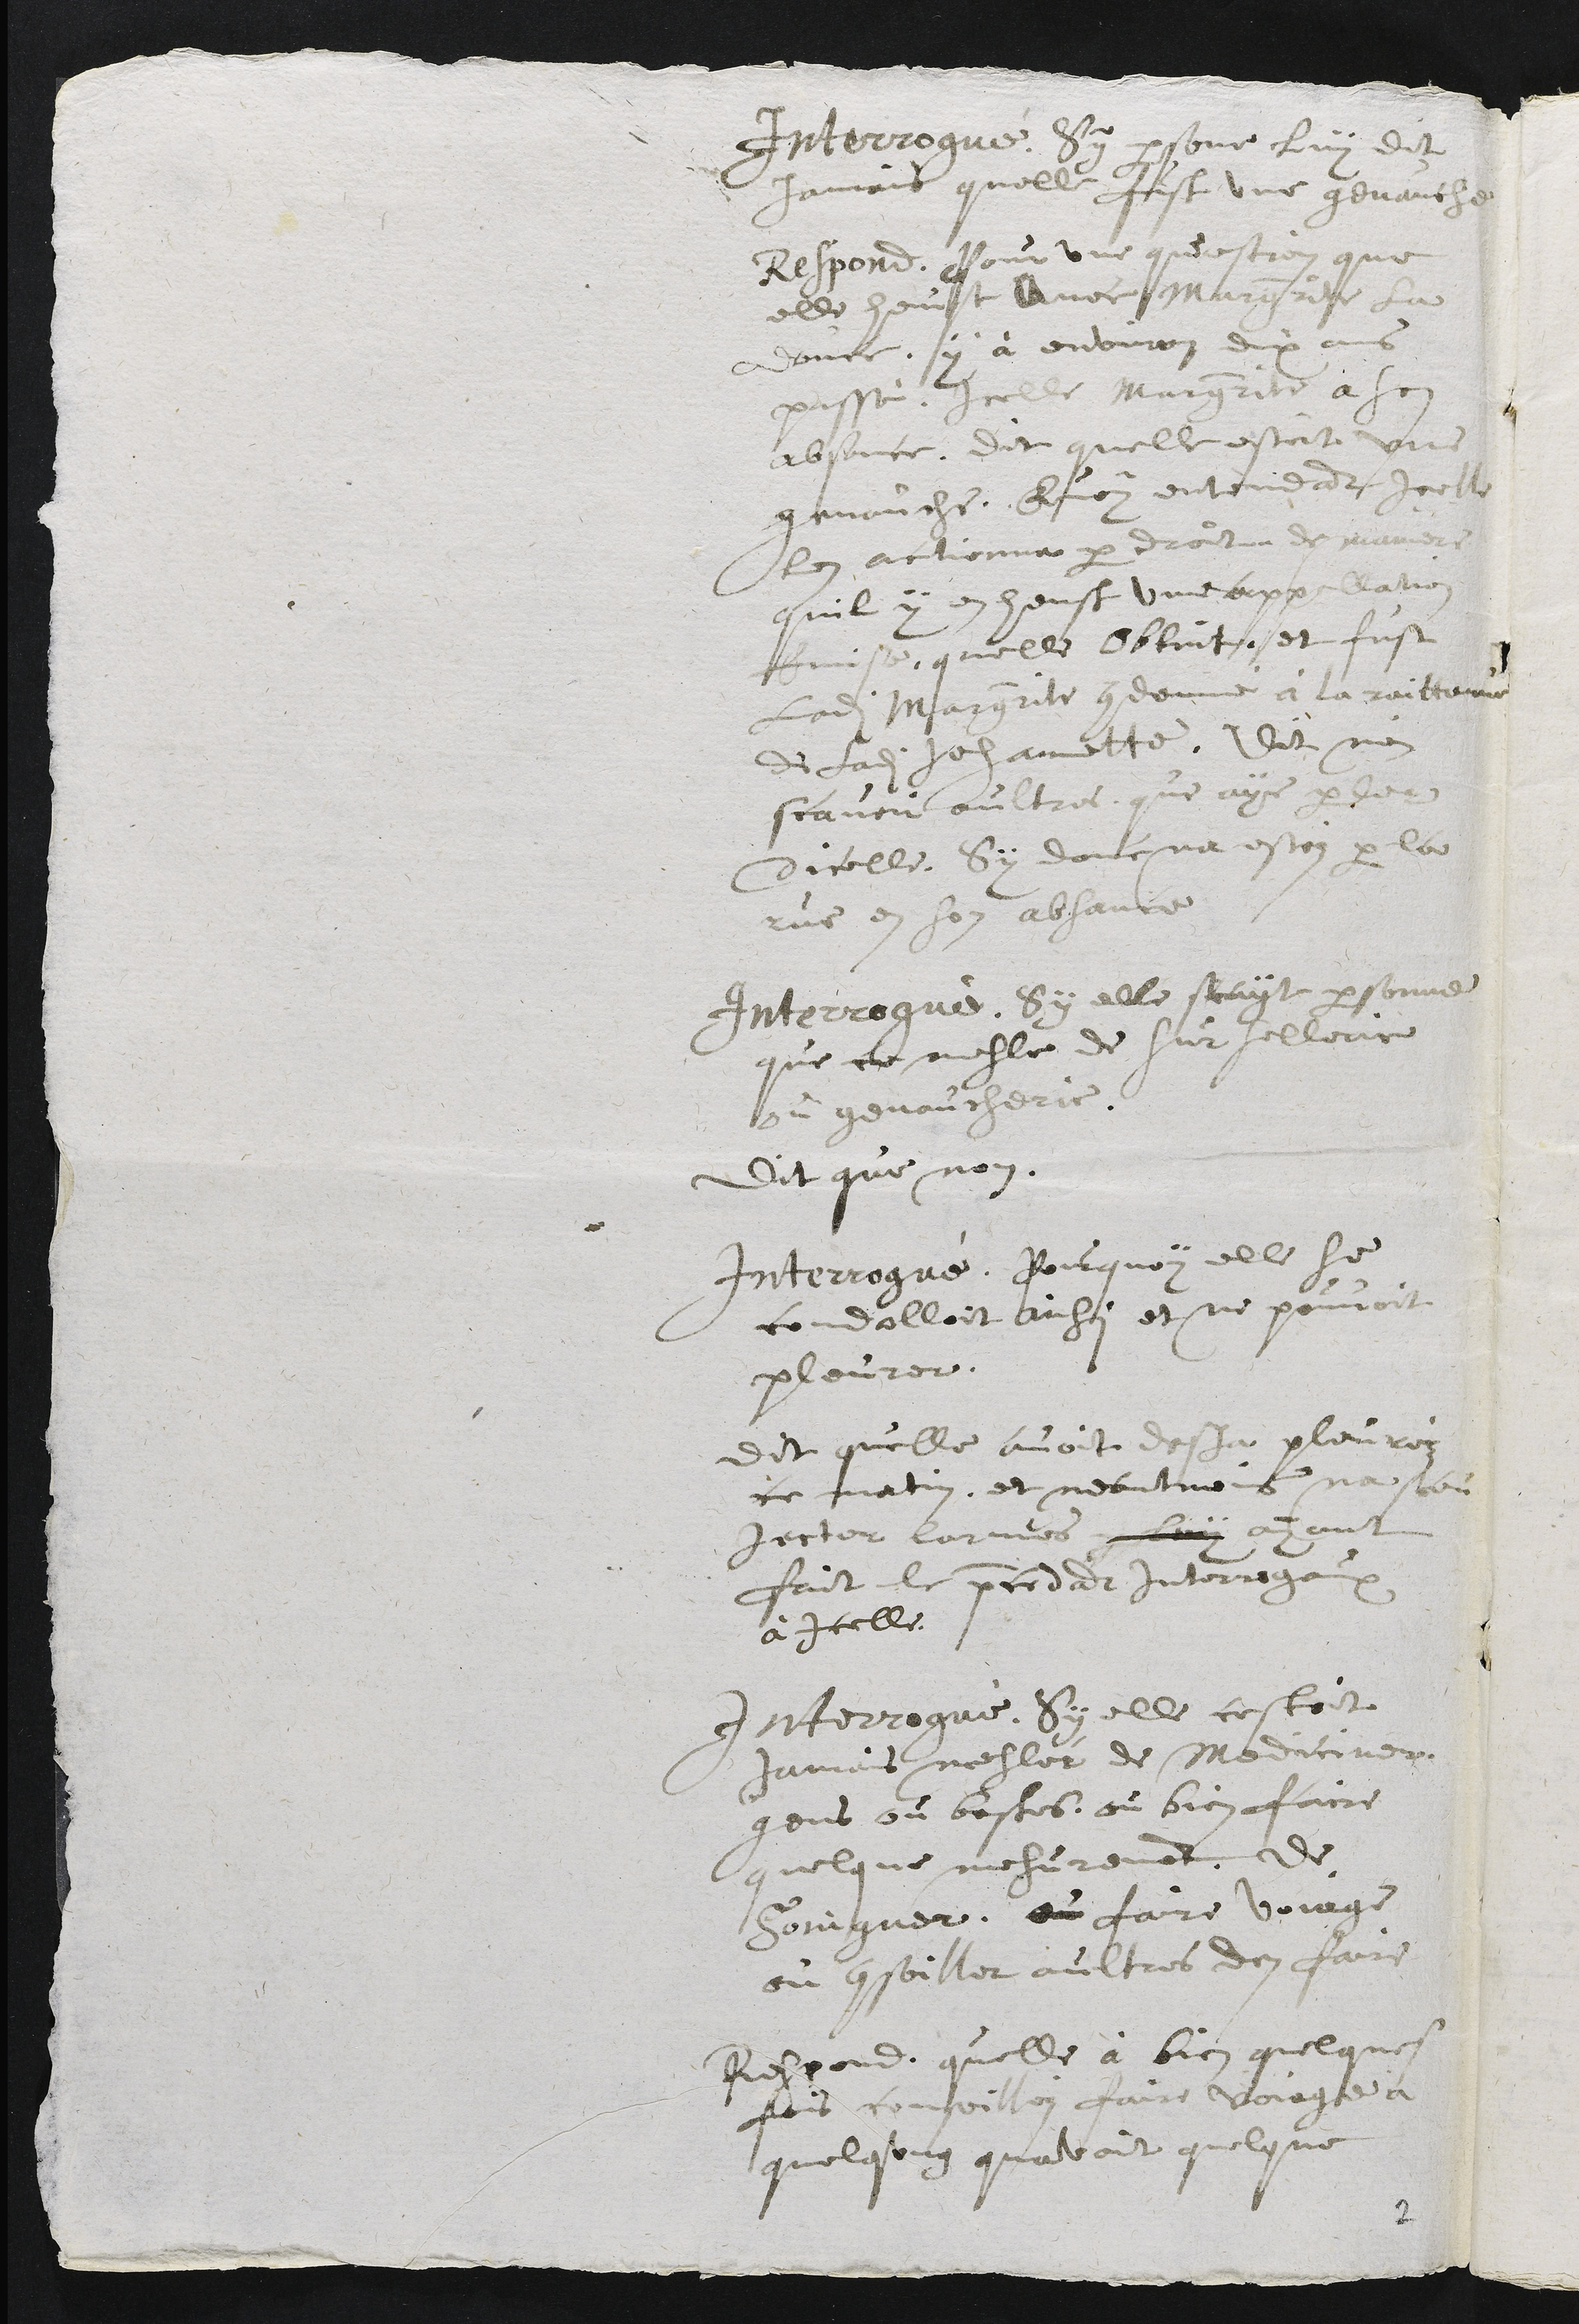
Interrogué, Sy personne luy dit
jamais quelle fust une genauche
Respond, pour une question que
elle heust avec Marguerite la
Douce, y à environ dix ans
passé. Icelle Marguerite a son
absence, dit quelle estoit une
genauche. Quoy entendant icelle
len actionna par droit de maniere
quil y en heust une appellation
Emise, quelle obtint, et fust
ladite Marguerite condemné à la raittenue
de ladite Jehannette. Dit n'en
scavoir aultres que aye parler
dicelle, sy donc na estéz par la
rue en son absance.
Interrogué, Sy elle scayt personne
que ce mesle de sursellerie
ou genaucherie.
Dit que non.
Interrogué, pourquoy elle se
condolloit ainsi et ne pouvoit
pleurer.
Dit quelle avoit desja pleuréz
ce matin, et neantmoins na sceu
jecter larmes luy ayant
fait le precedant interrogaux
à icelle.
Interrogué, Sy elle cestoit
jamais meslér de mediciner,
gens ou bestes, ou bien faire
quelque mesurement, de
Soingner, ou faire voiage
ou conseiller aultres den faire
Respond, quelle à bien quelques
fois conseilléz faire voiage à
quelqung quavoit quelque